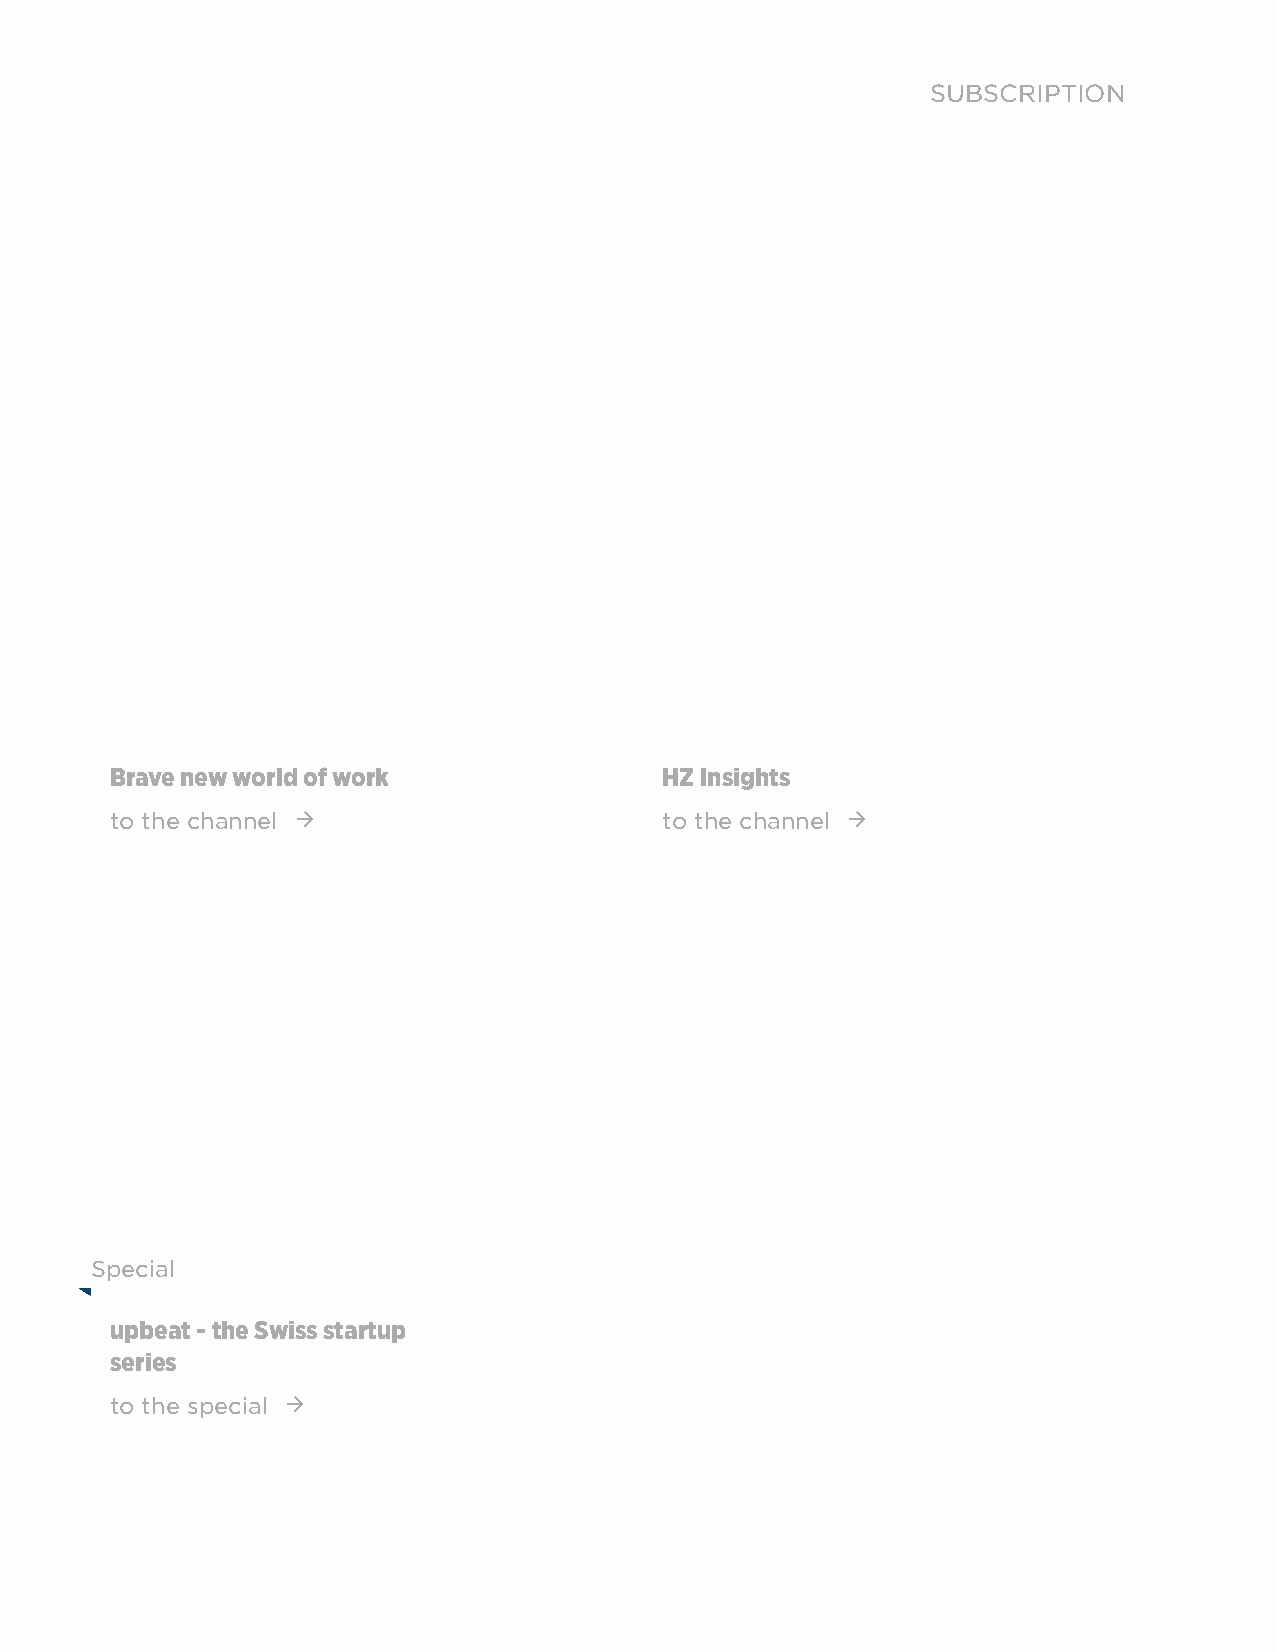
SUBSCRIPTION
 Brave new world of work              HZ Insights
 to the channel                      to the channel 
 Special
 upbeat - the Swiss startup
 series
 to the special 